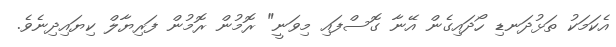
އެކަމަކު ތަޅުދަނޑި ހޯދައިގެން އޭނާ ގޮސްފައި މިވަނީ" ރޮމުން ރޮމުން ފަރިޔާލް ކިޔައިދިނެވެ.